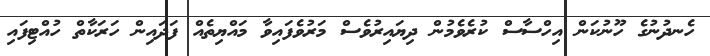
ހެނދުނުގެ ހޫނުކަން އިހްސާސް ކުރެވެމުން ދިޔައިރުވެސް މަރުވެފައިވާ މައްޔިތެއް ފަދައިން ހަރަކާތް ހުއްޓިފައި